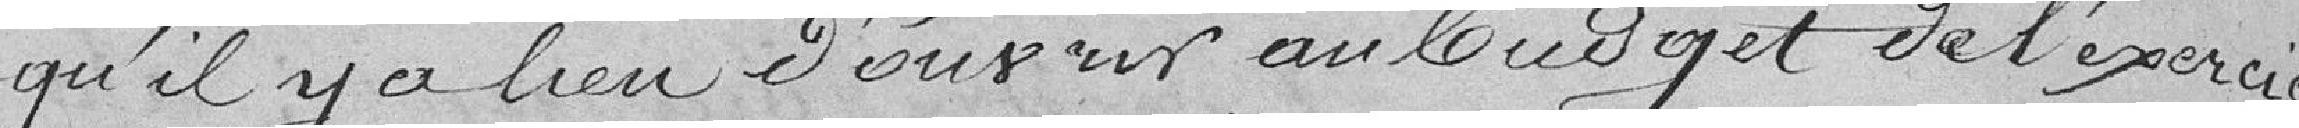
qu'il y a leu d'ouvrir au budget de l'exercice